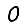
Digit: 0